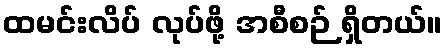
ထမင်းလိပ် လုပ်ဖို့ အစီစဉ် ရှိတယ်။